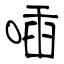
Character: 喢